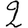
Digit: 2